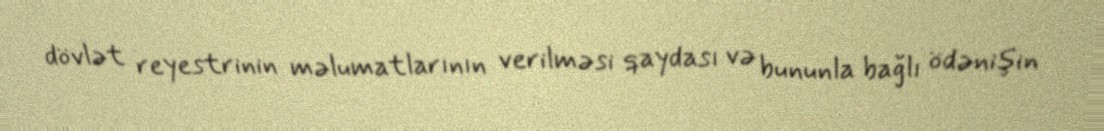
dövlət reyestrinin məlumatlarının verilməsi qaydası və bununla bağlı ödənişin